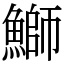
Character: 鰤